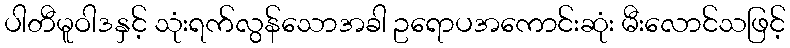
ပါတီမူဝါဒနှင့် သုံးရက်လွန်သောအခါ ဥရောပအကောင်းဆုံး မီးလောင်သဖြင့်